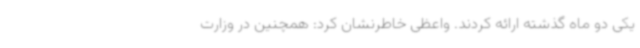
یکی دو ماه گذشته ارائه کردند. واعظی خاطرنشان کرد: همچنین در وزارت